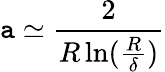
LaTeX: \mathtt{a}\simeq{\frac{{2}}{{R\ln({\frac{{R}}{{\delta}}})}}}